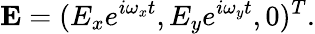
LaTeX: \mathbf{E}=(E_{x}e^{i\omega_{x}t},E_{y}e^{i\omega_{y}t},0)^{T}.